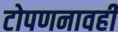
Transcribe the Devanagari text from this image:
टोपणनावही